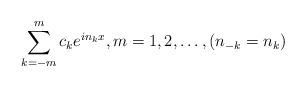
LaTeX: \begin{align*}\sum_{k=-m}^{m} c_ke^{ in_kx},m=1,2,\ldots, (n_{-k}=n_k)\end{align*}